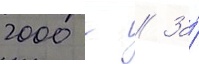
2000 г // За́